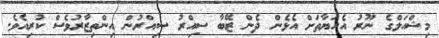
މިޝްއަލްގެ ނޫރު އެހަޔާތަށް އެޅެން ދެން ޒޭބާ ސިއްރު ސިއްރުން އިންތިޒާރުވެސް ކުރިއެވެ.